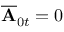
\overline { { \mathbf { A } } } _ { 0 t } = 0